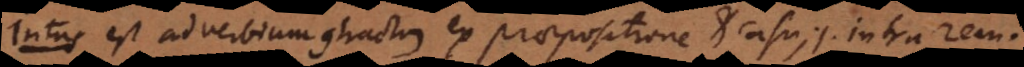
s est adverbium contractum ex praepositione et casu; id est